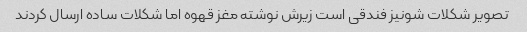
تصویر شکلات شونیز فندقی است زیرش نوشته مغز قهوه اما شکلات ساده ارسال کردند